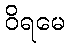
ဝိရမေ